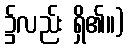
၌လည်း ရှိ၏။)